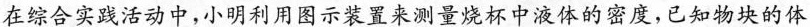
在综合实践活动中，小明利用图示装置来测量烧杯中液体的密度，已知物块的体